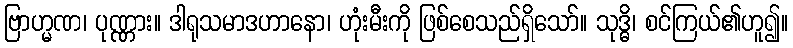
ဗြာဟ္မဏ၊ ပုဏ္ဏား။ ဒါရုသမာဒဟာနော၊ ဟုံးမီးကို ဖြစ်စေသည်ရှိသော်။ သုဒ္ဓိ၊ စင်ကြယ်၏ဟူ၍။